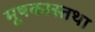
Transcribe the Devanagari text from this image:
मूषकास्तथा